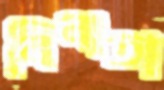
নিনাতা